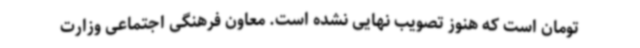
تومان است که هنوز تصویب نهایی نشده است. معاون فرهنگی اجتماعی وزارت